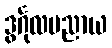
ဒွင်္ဂုလပညာယ